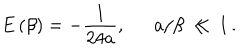
E \left( \beta \right) = - \frac { 1 } { 2 4 a } , \, \, \, \, \, \, \, \, \, a / \beta \, \ll \, 1 \, .